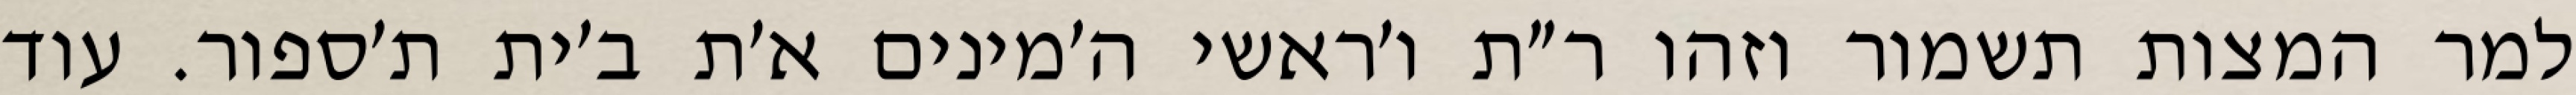
למר המצות תשמור וזהו ר״ת ו׳ראשי ה׳מינים א׳ת ב׳ית ת׳ספור. עוד